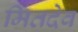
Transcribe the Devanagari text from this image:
मितदेव